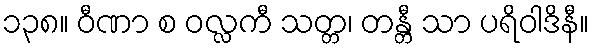
၁၃၈။ ဝီဏာ စ ဝလ္လကီ သတ္တ၊ တန္တီ သာ ပရိဝါဒိနီ။